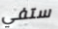
ستفي